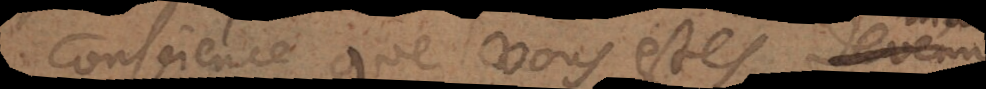
conscience que vous estes devenu